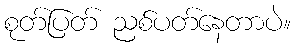
စုတ်ပြတ် ညစ်ပတ်နေတာပဲ။